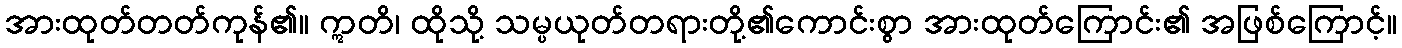
အားထုတ်တတ်ကုန်၏။ ဣတိ၊ ထိုသို့ သမ္ပယုတ်တရားတို့၏ကောင်းစွာ အားထုတ်ကြောင်း၏ အဖြစ်ကြောင့်။